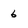
Character: 6